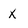
Character: X